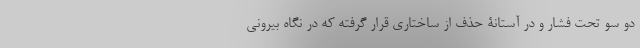
دو سو تحت فشار و در آستانۀ حذف از ساختاری قرار گرفته که در نگاه بیرونی